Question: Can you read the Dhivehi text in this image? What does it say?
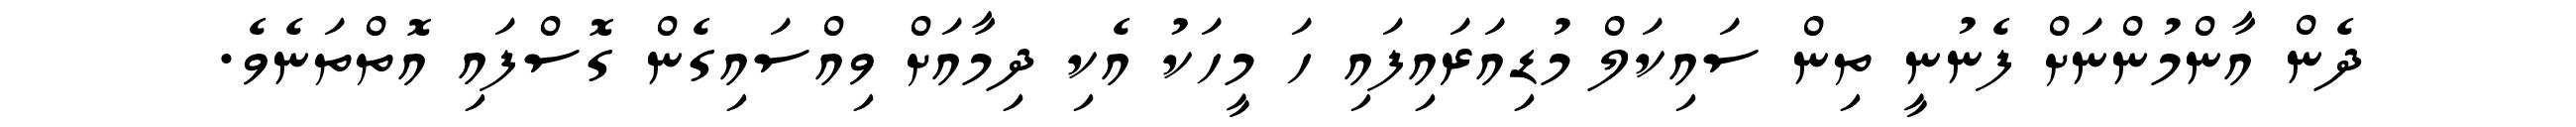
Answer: ދެން އާންމުންނަށް ފެނުނީ ތިން ސައިކަލް މުޑިއަރައިފައި ހަ މީހަކު އެކި ދިމާއަށް ވިއްސައިގެން ގޮސްފައި އޮތްތަނެވެ.